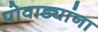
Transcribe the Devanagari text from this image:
पोवाड्यांना